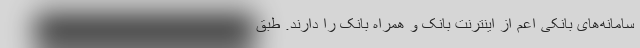
سامانه‌های بانکی اعم از اینترنت‌ بانک و همراه‌ بانک را دارند. طبق